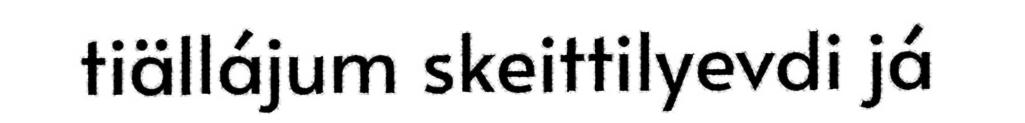
tiällájum skeittilyevdi já